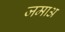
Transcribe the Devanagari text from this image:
जमाअ